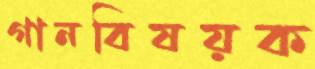
গানবিষয়ক